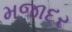
મજાદર